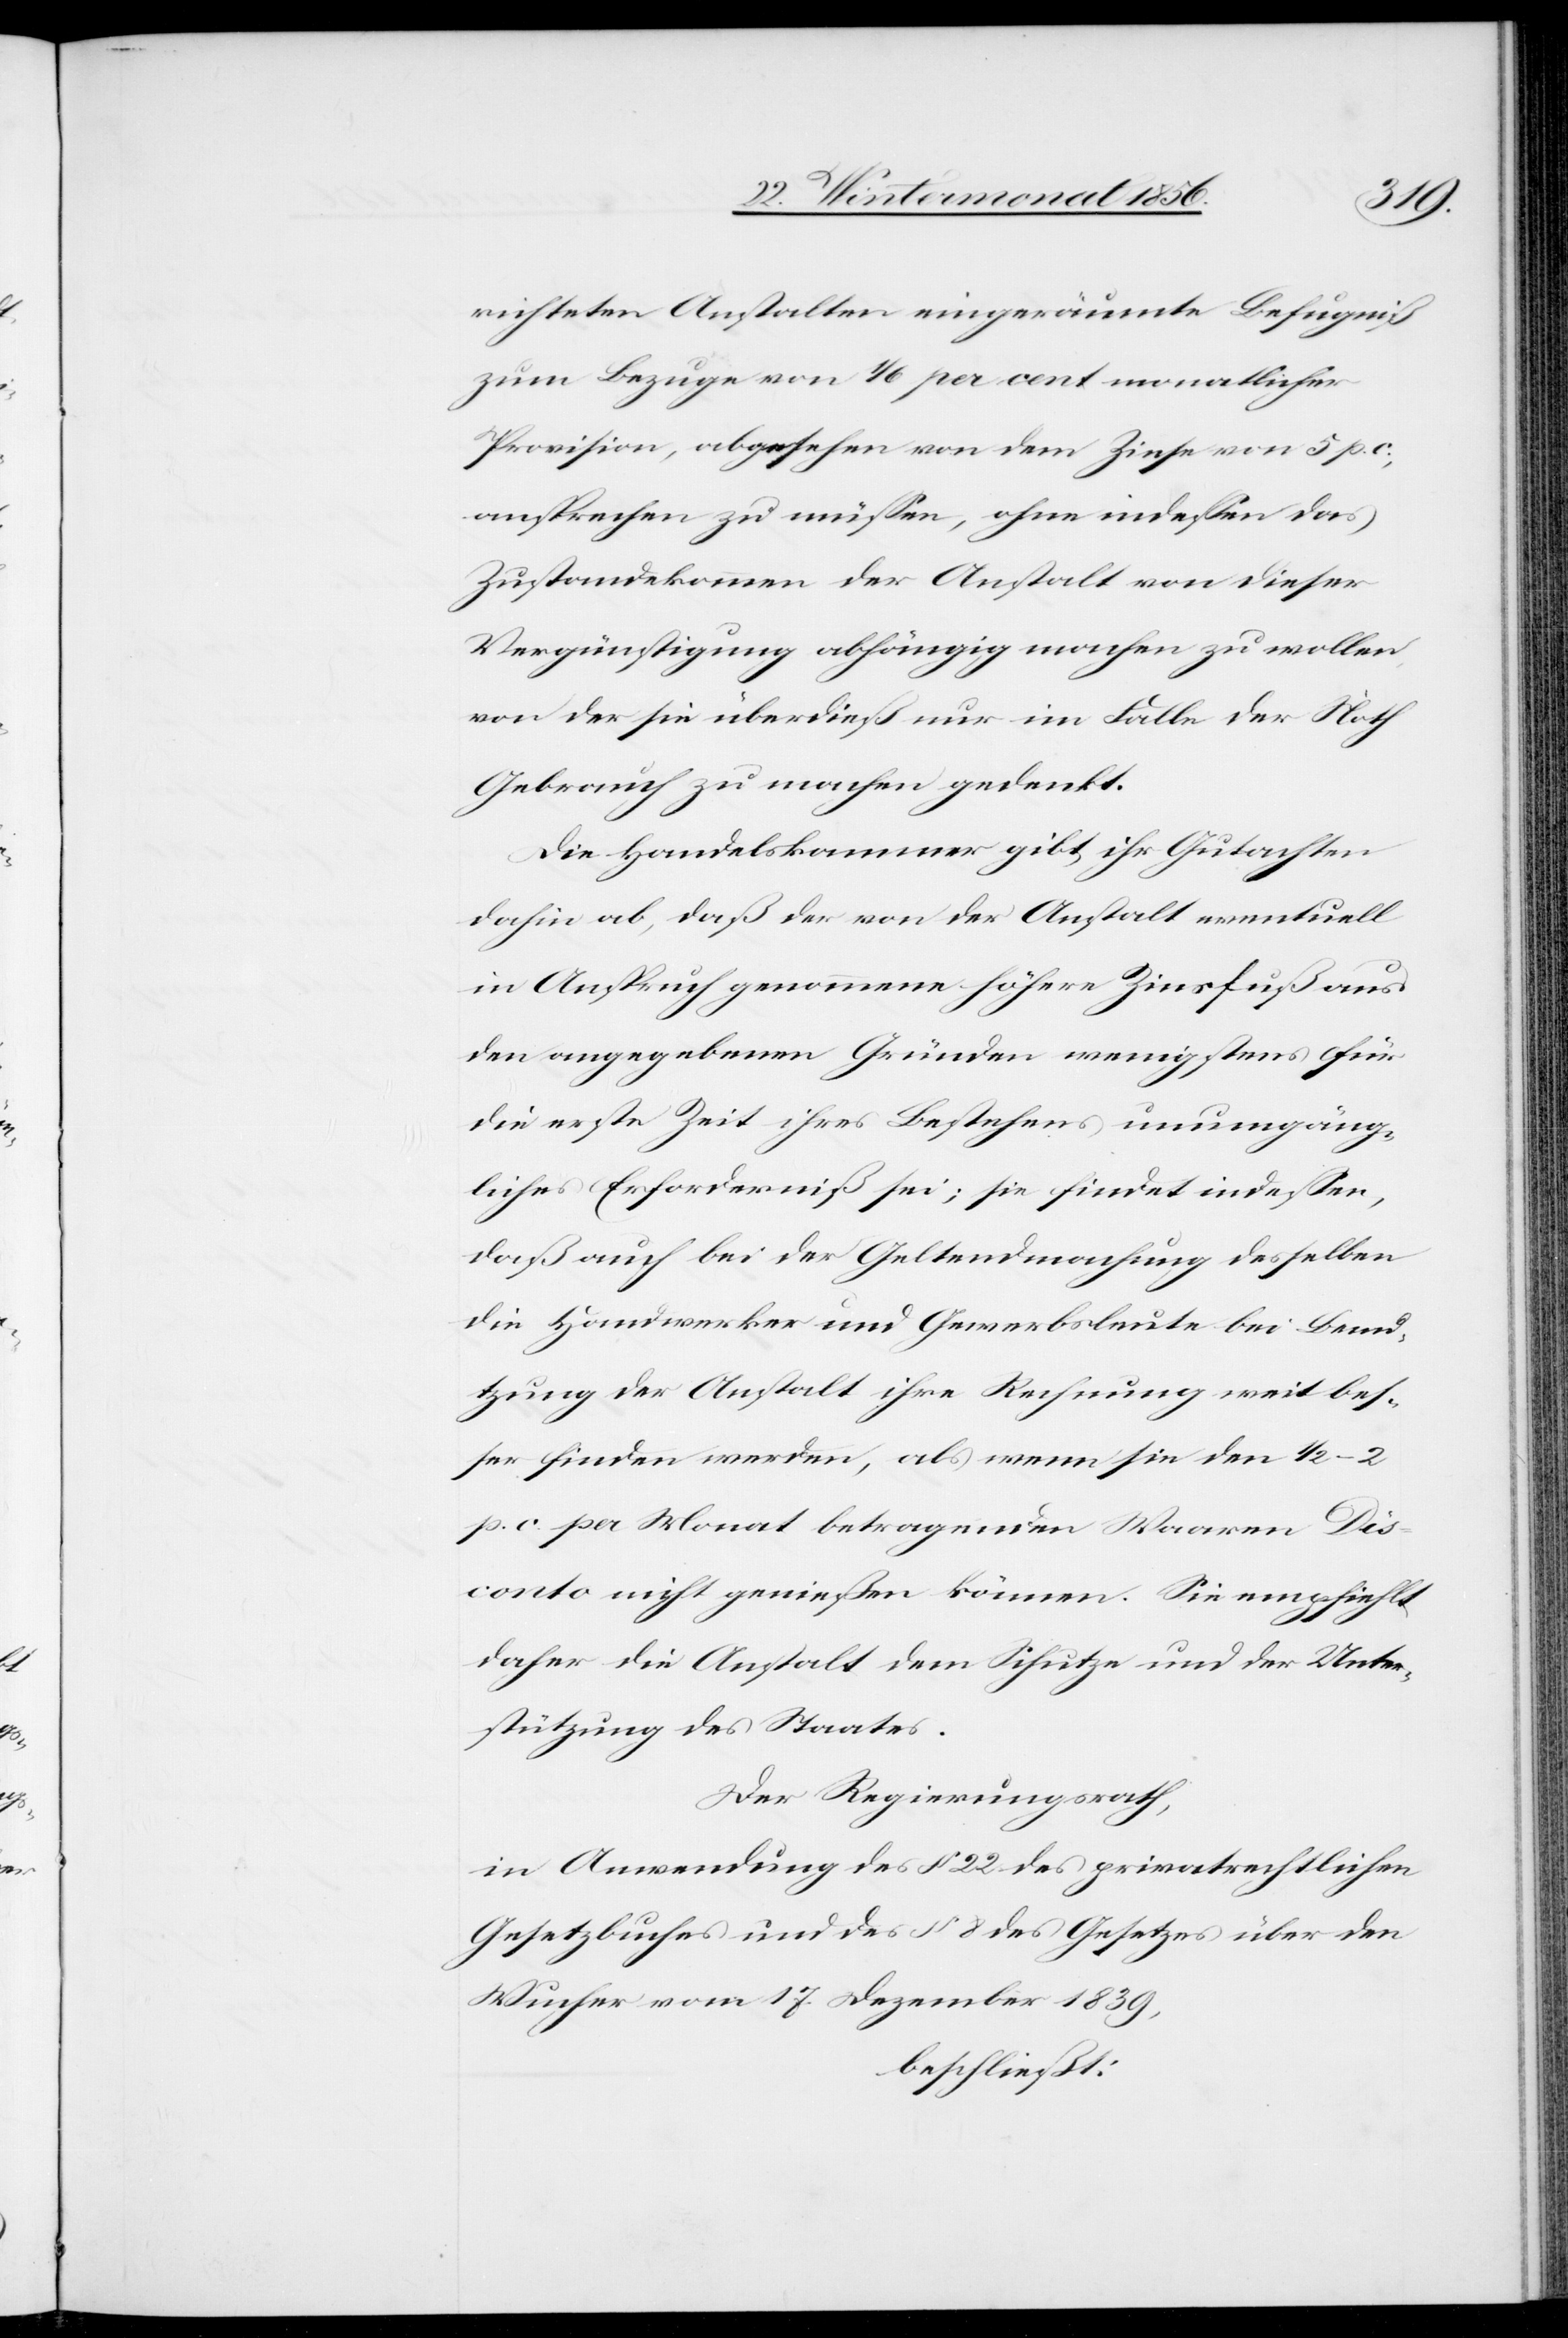
richteten Anstalten eingeräumte Befugniß
zum Bezuge von 1/6 per cent monatlicher
Provision, abgesehen von dem Zinse von 5 p. c.,
ansprechen zu müssen, ohne indessen das
Zustandekommen der Anstalt von dieser
Vergünstigung abhängig machen zu wollen,
von der sie überdieß nur im Falle der Noth
Gebrauch zu machen gedenkt.
Die Handelskammer gibt ihr Gutachten
dahin ab, daß der von der Anstalt eventuell
in Anspruch genommene höhere Zinsfuß aus
den angegebenen Gründen wenigstens für
die erste Zeit ihres Bestehens unumgäng¬
liches Erforderniß sei; sie findet indessen,
daß auch bei der Geltendmachung desselben
die Handwerker und Gewerbsleute bei Benu¬
tzung der Anstalt ihre Rechnung weit bes¬
ser finden werden, als wenn sie den ½–2
p. c. per Monat betragenden Waaren Dis¬
conto nicht genießen können. Sie empfiehlt
daher die Anstalt dem Schutze und der Unter¬
stützung des Staates.
Der Regierungsrath,
in Anwendung des § 22 des privatrechtlichen
Gesetzbuches und des § 8 des Gesetzes über den
Wucher vom 17. Dezember 1839,
beschließt: